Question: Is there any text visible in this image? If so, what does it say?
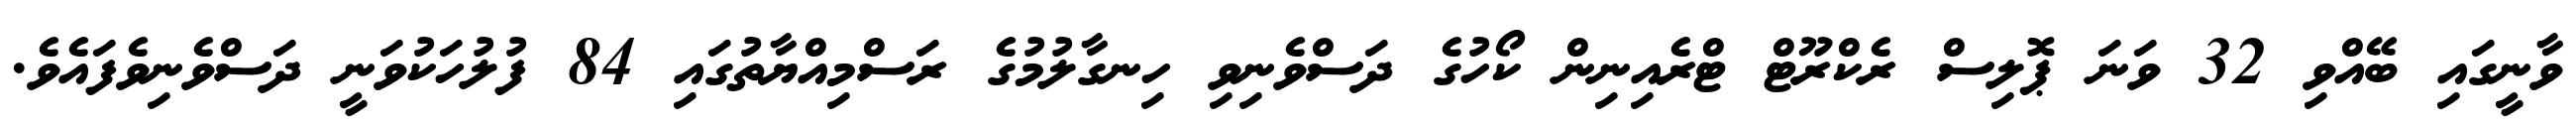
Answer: ވާނީގައި ބޭއްވި 32 ވަނަ ޕޮލިސް ރެކްރޫޓް ޓްރެއިނިން ކޯހުގެ ދަސްވެނިވި ހިނގާލުމުގެ ރަސްމިއްޔާތުގައި 84 ފުލުހަކުވަނީ ދަސްވެނިވެފައެވެ.